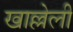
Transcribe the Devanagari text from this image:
खाल्लेली